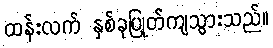
ထန်းလက် နှစ်ခုပြုတ်ကျသွားသည်။